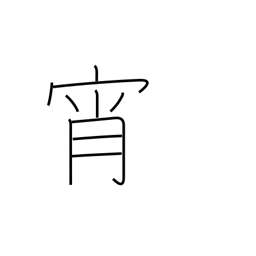
Meaning: evening